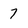
Character: 7